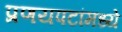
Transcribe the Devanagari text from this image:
प्रणयपटांमध्ये